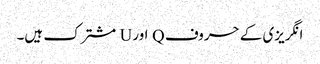
انگریزی کے حروف Q اور U مشترک ہیں۔